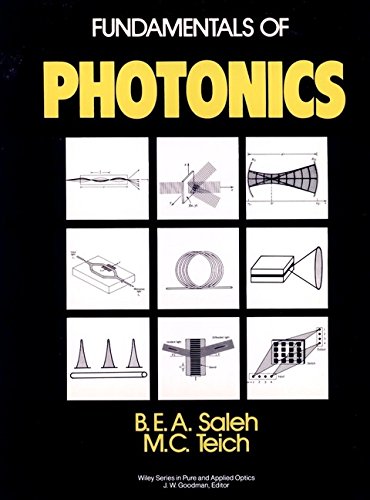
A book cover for Fundamentals of Photonics (Wiley Series in Pure and Applied Optics); Bahaa E. A. Saleh; Science & Math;